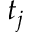
t _ { j }